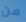
من